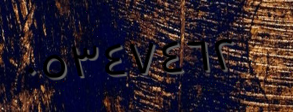
٠٥٣٤٧٤٦٢